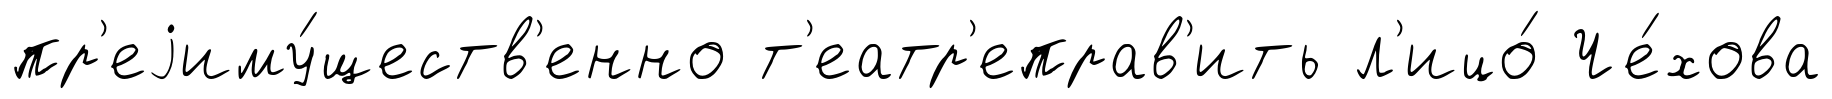
пр'еjиму́ществ'енно т'еатр'еправ'ить л'ицо́ Че́хова